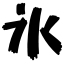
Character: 氷